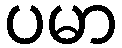
ပမာ